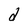
Character: d